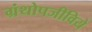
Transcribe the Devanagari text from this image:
ग्रंथोपजीविये